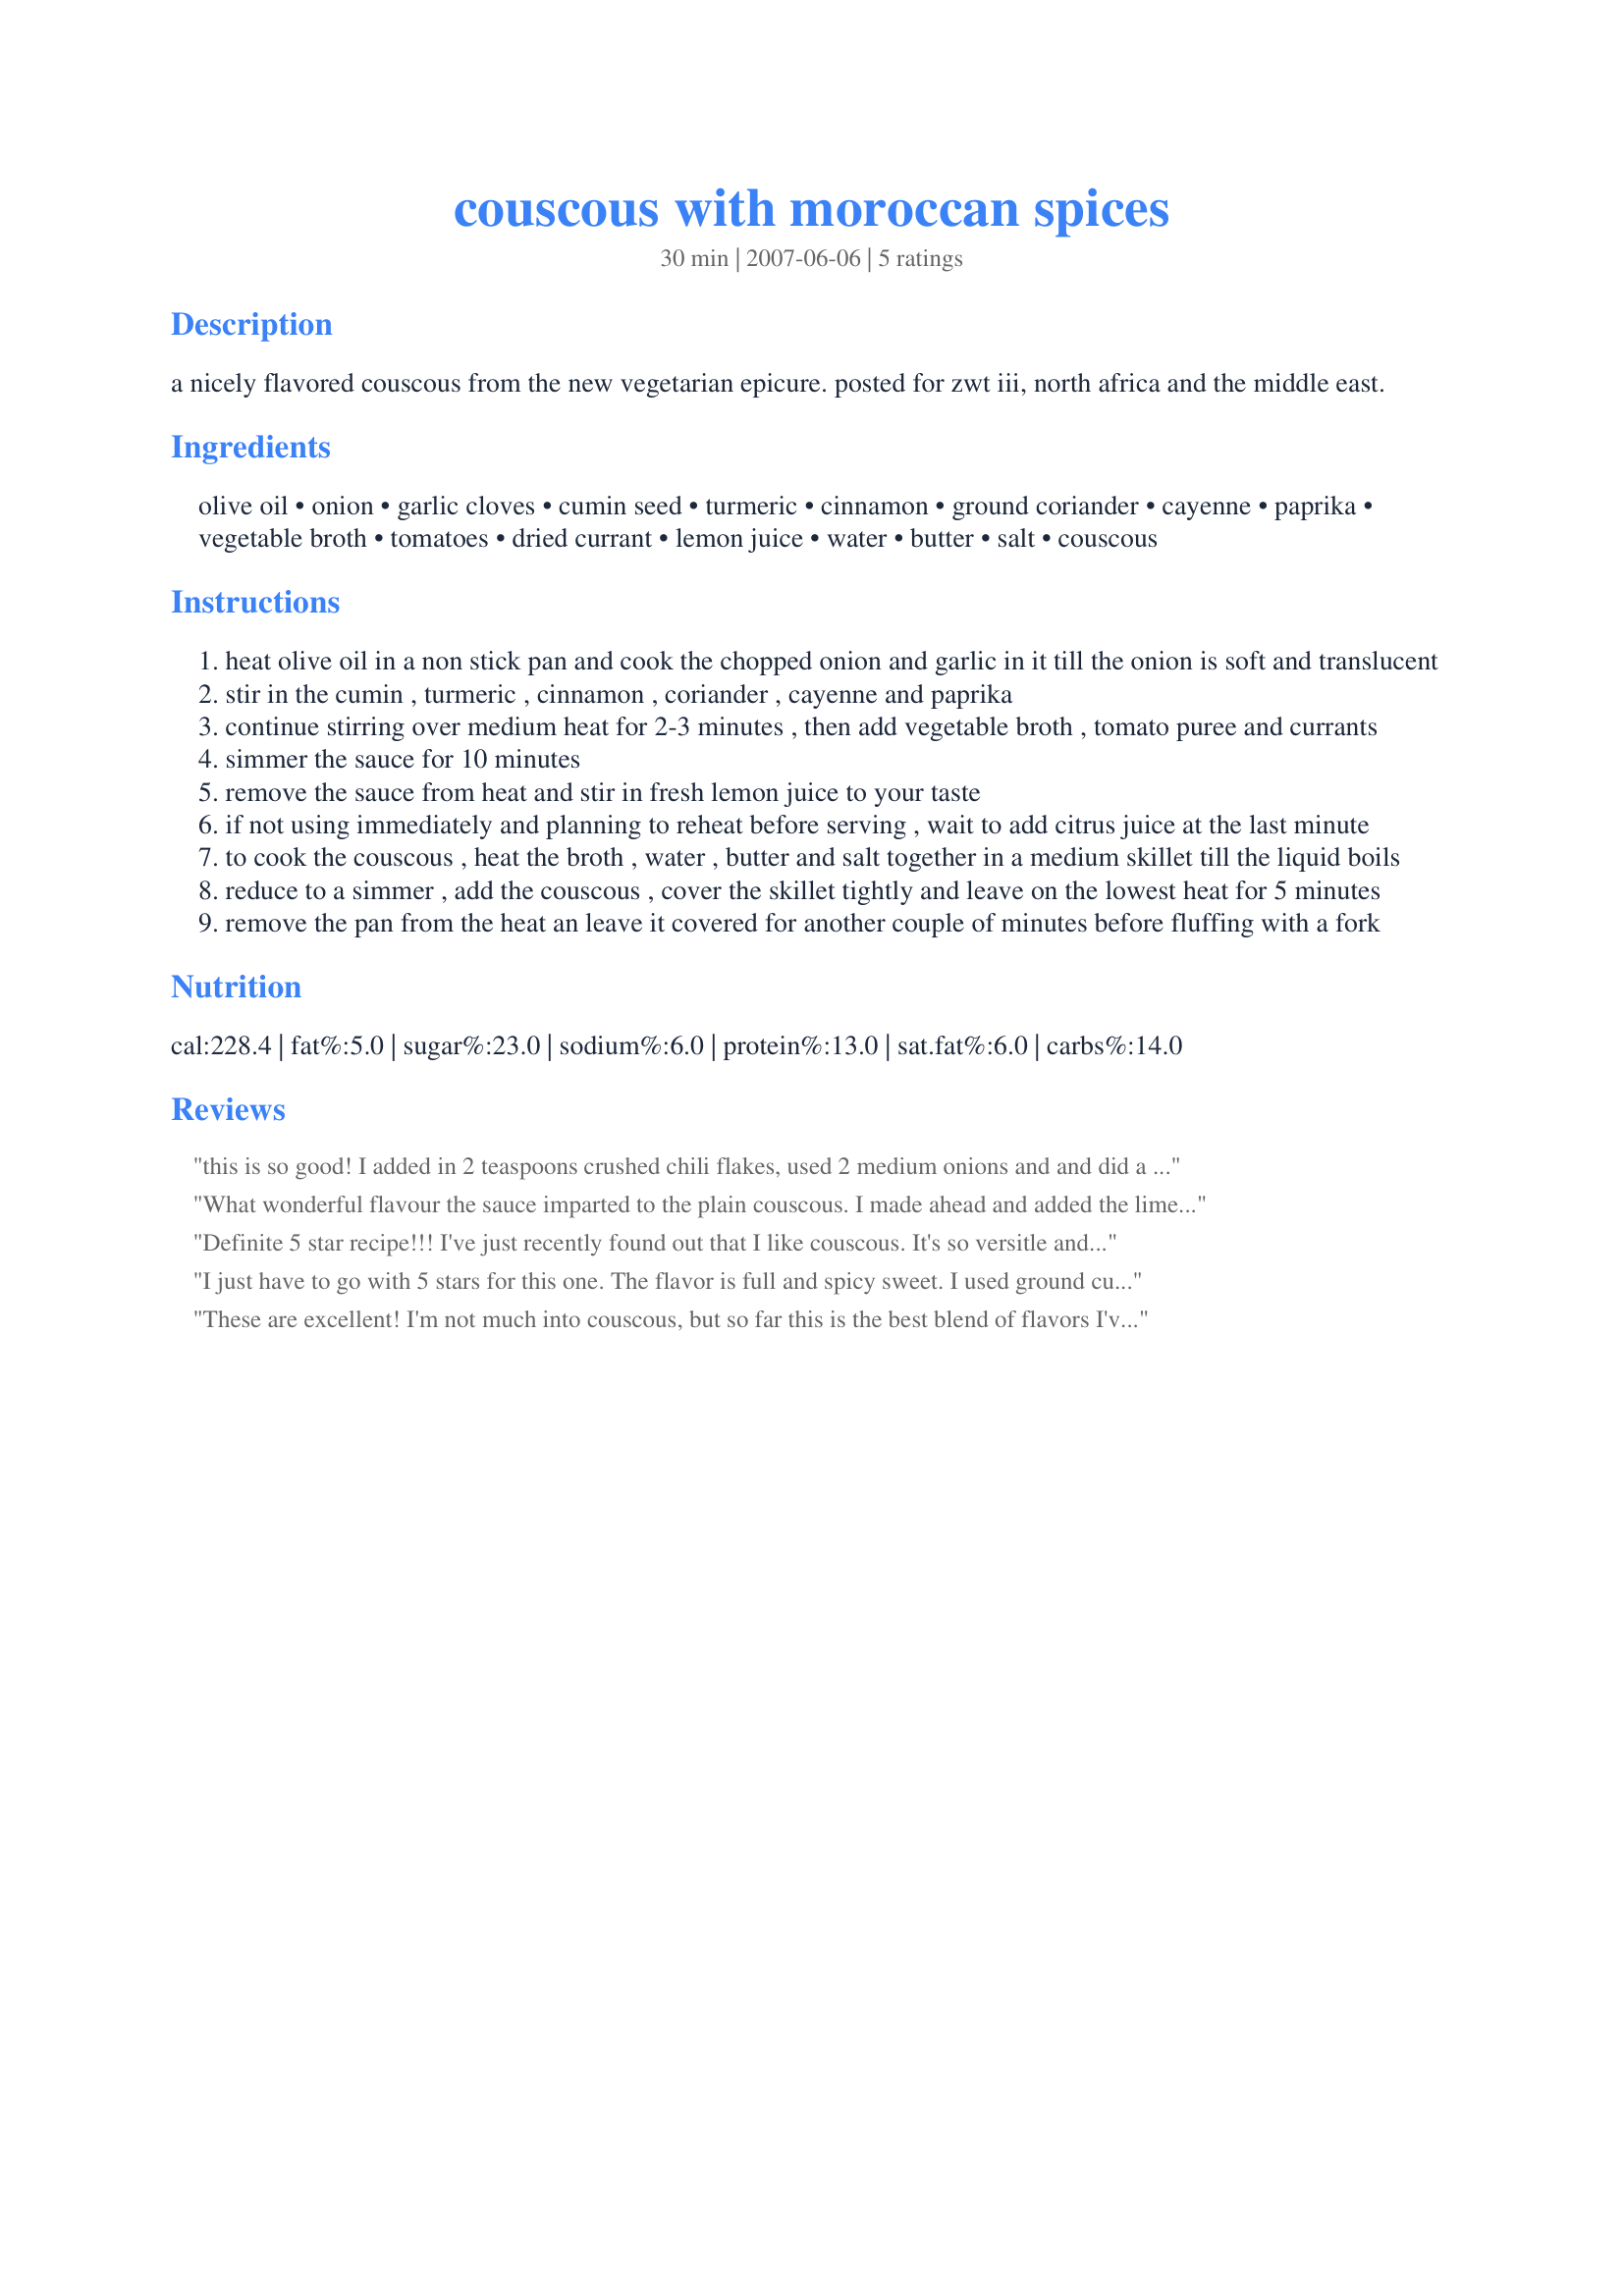
couscous with moroccan spices
Preparation time: 30 minutes

a nicely flavored couscous from the new vegetarian epicure. posted for zwt iii, north africa and the middle east.

Ingredients:
olive oil, onion, garlic cloves, cumin seed, turmeric, cinnamon, ground coriander, cayenne, paprika, vegetable broth, tomatoes, dried currant, lemon juice, water, butter, salt, couscous

Steps:
heat olive oil in a non stick pan and cook the chopped onion and garlic in it till the onion is soft and translucent
stir in the cumin , turmeric , cinnamon , coriander , cayenne and paprika
continue stirring over medium heat for 2-3 minutes , then add vegetable broth , tomato puree and currants
simmer the sauce for 10 minutes
remove the sauce from heat and stir in fresh lemon juice to your taste
if not using immediately and planning to reheat before serving , wait to add citrus juice at the last minute
to cook the couscous , heat the broth , water , butter and salt together in a medium skillet till the liquid boils
reduce to a simmer , add the couscous , cover the skillet tightly and leave on the lowest heat for 5 minutes
remove the pan from the heat an leave it covered for another couple of minutes before fluffing with a fork

Reviews:
this is so good! I added in 2 teaspoons crushed chili flakes, used 2 medium onions and and did a few amount adjusments, also I used all chicken broth in place of vegetable broth and water, thanks for sharing this great recipe Pattikay!
What wonderful flavour the sauce imparted to the plain couscous. I made ahead and added the lime at the last moment, I scaled it back to use 2/3 cup couscous as I usually find this perfect as a side for 3 of us but we were all wishing there was more, so will have to up the quantity in the future. Thank you pattikay, made for I Recommend.
Definite 5 star recipe!!! I've just recently found out that I like couscous. It's so versitle and is a great alternative to rice pilaf. I made this recipe using ground cumin since I couln't find the seeds (I'll be obsessed trying to find those now} August is currant season and they made this dish wonderful. Loved the spicy-sweet combo. I'm keeping this one in a safe place. Thanks for sharing another wonderful recipe ;) ~V
I just have to go with 5 stars for this one. The flavor is full and spicy sweet. I used ground cumin as that is what I had and since I made a single serving I wasn't inclined to puree less than 1/2 a cup of tomato so I just cut a slice into chunks. This couscous really was the star of the meal with the salmon and Brussels sprouts acting as supporting players. Oh yes! I had to use raisins which are sweeter than currants but I don't think that detracted from the dish at all. This is a keeper, thanks Pattikay.
These are excellent! I'm not much into couscous, but so far this is the best blend of flavors I've ever tasted. Used tomato paste since I was in a hurry to peel them. Love the cumin, the lemon, the blend of spices, the sweetness the currants and cinnamon give..
They were also quick to make despite the long list of ingredients. Thanks, Pattikay in LA!
